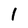
Character: 1